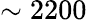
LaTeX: \sim 2200